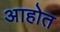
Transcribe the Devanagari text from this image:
अाहोत